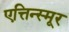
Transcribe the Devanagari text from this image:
एत्तिन्स्मूर